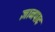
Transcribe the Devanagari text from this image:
ज्ञानपाद